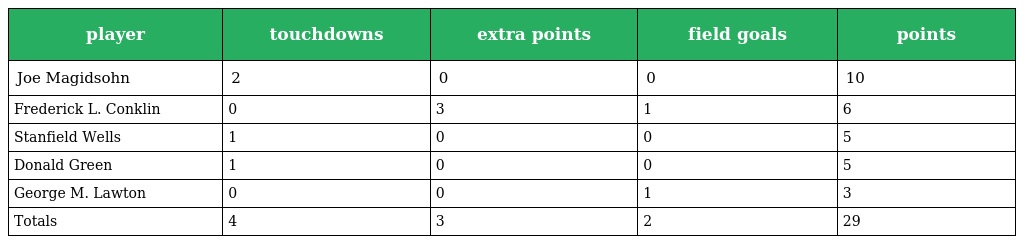
| player | touchdowns | extra points | field goals | points |
 | --- | --- | --- | --- | --- |
 | Joe Magidsohn | 2 | 0 | 0 | 10 |
 | Frederick L. Conklin | 0 | 3 | 1 | 6 |
 | Stanfield Wells | 1 | 0 | 0 | 5 |
 | Donald Green | 1 | 0 | 0 | 5 |
 | George M. Lawton | 0 | 0 | 1 | 3 |
 | Totals | 4 | 3 | 2 | 29 |